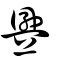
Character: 釁